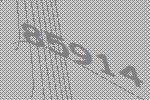
85914